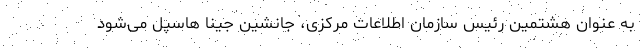
به عنوان هشتمین رئیس سازمان اطلاعات مرکزی، جانشین جینا هاسپل می‌شود